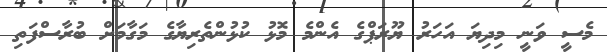
މެސީ ވަނީ މިދިޔަ އަހަރު ޔޫރަޕްގެ އެންމެ މޮޅު ކުޅުންތެރިޔާގެ މަގާމަށް ބުރާސްފަތި